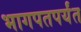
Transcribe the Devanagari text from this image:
भागपतपर्यंत